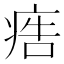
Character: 𤶳